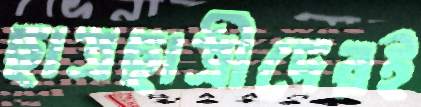
ছাত্রছাত্রীদেরই